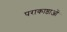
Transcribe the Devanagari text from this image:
पराकाष्ठाओं